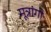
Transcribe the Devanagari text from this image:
मूत्रांगो